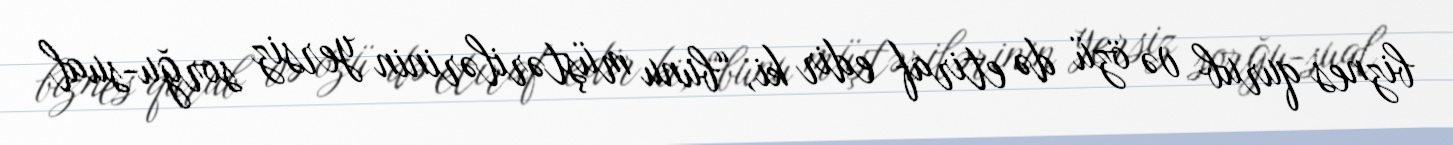
biznes qurub və özü də etiraf edir ki, “bunu müştərilərinin yersiz sorğu-sual